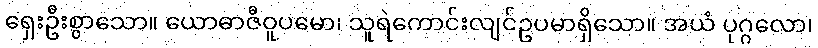
ရှေးဦးစွာသော။ ယောဓာဇီဝူပမော၊ သူရဲကောင်းလျင်ဥပမာရှိသော။ အယံ ပုဂ္ဂလော၊